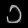
Digit: ၁